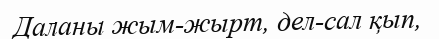
Даланы жым-жырт, дел-сал қып,